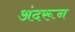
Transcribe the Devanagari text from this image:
अंदरून